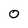
Character: 0